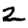
Digit: 2